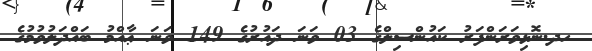
ހދ.ނޮޅިވަރަންފަރު ކައުންސިލްގެ 03 ވަނަ ދައުރުގެ 149 ވަނަ ޢާއްމު ބައްދަލުވުމުގެ